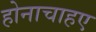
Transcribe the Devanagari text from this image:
होनाचाहए